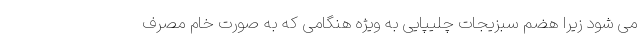
می شود زیرا هضم سبزیجات چلیپایی به ویژه هنگامی که به صورت خام مصرف